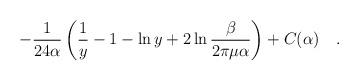
LaTeX: \begin{align*}-{1 \over 24\alpha}\left(\frac 1y -1 -\ln y +2\ln {\beta\over2\pi\mu\alpha}\right)+ C(\alpha )~~~.\end{align*}